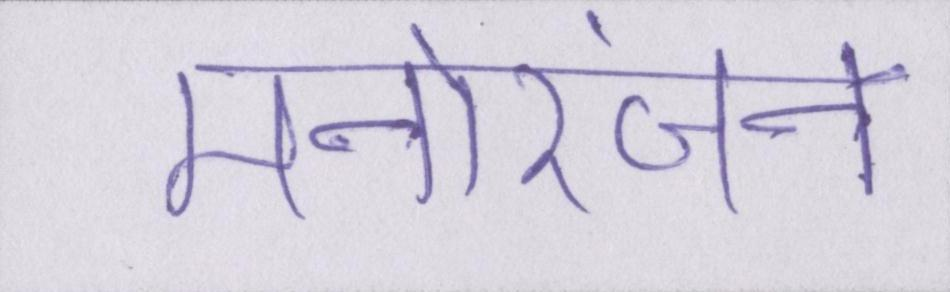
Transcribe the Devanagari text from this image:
मनोरंजन